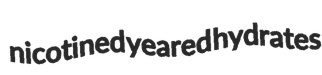
nicotined yeared hydrates